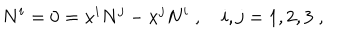
LaTeX: N ^ { i } = 0 = x ^ { i } N ^ { j } - x ^ { j } N ^ { i } \; , \quad i , j = 1 , 2 , 3 \; ,